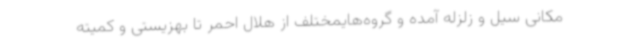
مکانی سیل و زلزله آمده و گروه‌هایمختلف از هلال احمر تا بهزیستی و کمیته